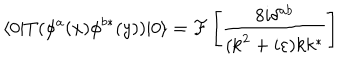
\langle 0 | T ( \phi ^ { a } ( x ) \phi ^ { b * } ( y ) ) | 0 \rangle = { \cal F } \left[ \frac { 8 i \delta ^ { a b } } { ( \mathrm { k } ^ { 2 } + i \varepsilon ) k k ^ { * } } \right]